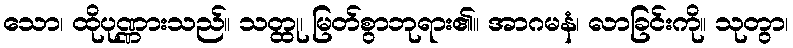
သော၊ ထိုပုဏ္ဏားသည်။ သတ္ထု၊ မြတ်စွာဘုရား၏။ အာဂမနံ၊ လာခြင်းကို။ သုတွာ၊